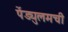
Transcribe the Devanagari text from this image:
पेंड्युलमची